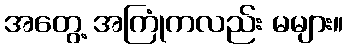
အတွေ့ အကြုံကလည်း မများ။